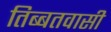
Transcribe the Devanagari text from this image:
तिब्बतवासी